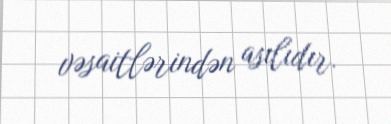
vəsaitlərindən asılıdır.